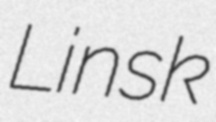
Linsk